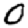
Digit: 0